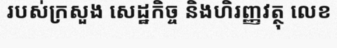
របស់ក្រសួង សេដ្ឋកិច្ច និងហិរញ្ញវត្ថុ លេខ